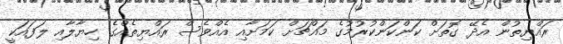
ރައްޔިތުން އެދޭ ގޮތަށް ކަންކަންކުރުމުގެ މައްޗަށް ކަމަށާއި އެއްވެސް ރައްޔިތެއްގެ ހިޔާލާއި ލަފައަކީ